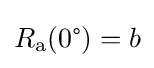
R_{\text{a}}(0{\text{°}})=b